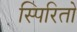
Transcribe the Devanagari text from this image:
स्पिरितो